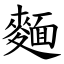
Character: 麵